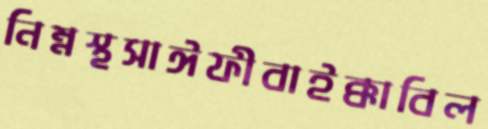
নিম্নস্থসাঈফীবাইক্কাবিল